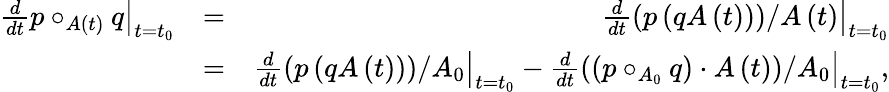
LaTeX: \begin{array}{rlr}{\left.\frac{d}{dt}p\circ_{A\left(t\right)}q\right\vert_{t=t_{0}}}&{=}&{\left.\frac{d}{dt}\left(p\left(qA\left(t\right)\right)\right)/A\left(t\right)\right\vert_{t=t_{0}}}\\ &{=}&{\left.\frac{d}{dt}\left(p\left(qA\left(t\right)\right)\right)/A_{0}\right\vert_{t=t_{0}}-\left.\frac{d}{dt}\left(\left(p\circ_{A_{0}}q\right)\cdot A\left(t\right)\right)/A_{0}\right\vert_{t=t_{0}},}\end{array}